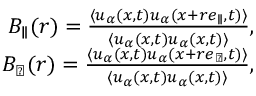
\begin{array} { r } { B _ { \parallel } ( r ) = \frac { \langle u _ { \alpha } ( \boldsymbol { x } , t ) u _ { \alpha } ( \boldsymbol { x } + r \boldsymbol { e } _ { \parallel } , t ) \rangle } { \langle u _ { \alpha } ( \boldsymbol { x } , t ) u _ { \alpha } ( \boldsymbol { x } , t ) \rangle } , } \\ { B _ { \perp } ( r ) = \frac { \langle u _ { \alpha } ( \boldsymbol { x } , t ) u _ { \alpha } ( \boldsymbol { x } + r \boldsymbol { e } _ { \perp } , t ) \rangle } { \langle u _ { \alpha } ( \boldsymbol { x } , t ) u _ { \alpha } ( \boldsymbol { x } , t ) \rangle } , } \end{array}